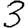
Digit: 3